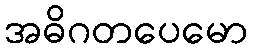
အဓိဂတပေမော